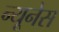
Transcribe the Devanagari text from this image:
न्यूनेस